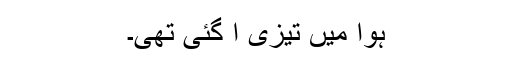
ہوا میں تیزی آ گئی تھی۔